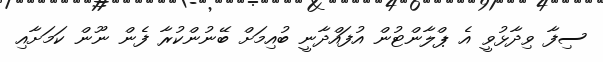
ސިފާ ވިދާޅުވީ އެ ޕްލާންޓުން އުފައްދާނީ ބުއިމަށް ބޭނުންކުރާ ފެން ނޫން ކަމަށާއި